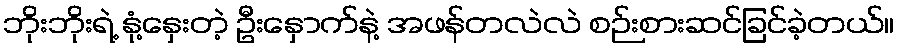
ဘိုးဘိုးရဲ့ နုံ့နှေးတဲ့ ဦးနှောက်နဲ့ အဖန်တလဲလဲ စဉ်းစားဆင်ခြင်ခဲ့တယ်။